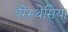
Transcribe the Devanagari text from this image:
पैरेस्थेसिया